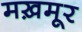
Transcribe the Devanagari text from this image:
मख़मूर